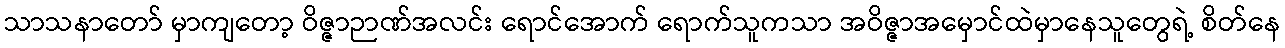
သာသနာတော် မှာကျတော့ ဝိဇ္ဇာဉာဏ်အလင်း ရောင်အောက် ရောက်သူကသာ အဝိဇ္ဇာအမှောင်ထဲမှာနေသူတွေရဲ့ စိတ်နေ